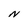
Character: N